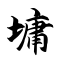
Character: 墉